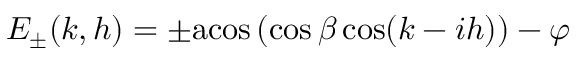
E _ { \pm } ( k , h ) = \pm \mathrm { a c o s } \left( \cos \beta \cos ( k - i h ) \right) - \varphi